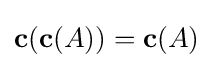
\mathbf {c} (\mathbf {c} (A))=\mathbf {c} (A)